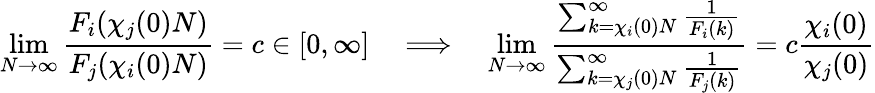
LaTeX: \operatorname*{lim}_{N\to\infty}\frac{F_{i}(\chi_{j}(0)N)}{F_{j}(\chi_{i}(0)N)}=c\in[0,\infty]\quad\Longrightarrow\quad\operatorname*{lim}_{N\to\infty}\frac{\sum_{k=\chi_{i}(0)N}^{\infty}\frac{1}{F_{i}(k)}}{\sum_{k=\chi_{j}(0)N}^{\infty}\frac{1}{F_{j}(k)}}=c\frac{\chi_{i}(0)}{\chi_{j}(0)}